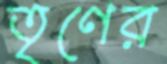
তৃণের